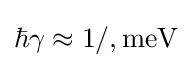
\hbar \gamma \approx 1/,\mathrm {meV}